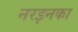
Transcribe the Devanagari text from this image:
नरइनका